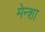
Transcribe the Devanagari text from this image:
मेन्शा